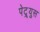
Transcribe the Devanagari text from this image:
पेट्र्युस